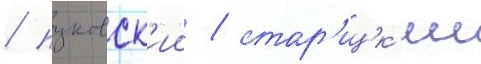
/ пуковск'ии / стар'ицк'ии